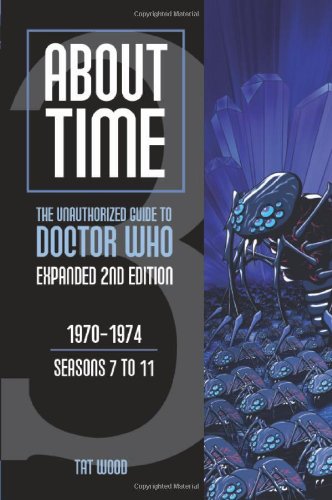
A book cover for About Time 3: The Unauthorized Guide to Doctor Who (Seasons 7 to 11) [2nd Edition] (About Time; The Unauthorized Guide to Dr. Who (Mad Norwegian Press)); Tat Wood; Humor & Entertainment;